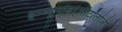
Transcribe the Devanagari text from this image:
इम्य्यूनोडर्र्मीटॉलोजी